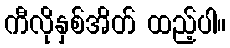
ကီလိုနှစ်အိတ် ထည့်ပါ။